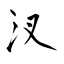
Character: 汊